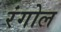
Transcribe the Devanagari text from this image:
रंगोल